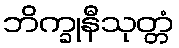
ဘိက္ခုနီသုတ္တံ